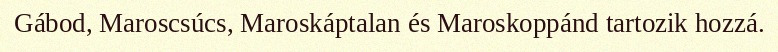
Gábod, Maroscsúcs, Maroskáptalan és Maroskoppánd tartozik hozzá.